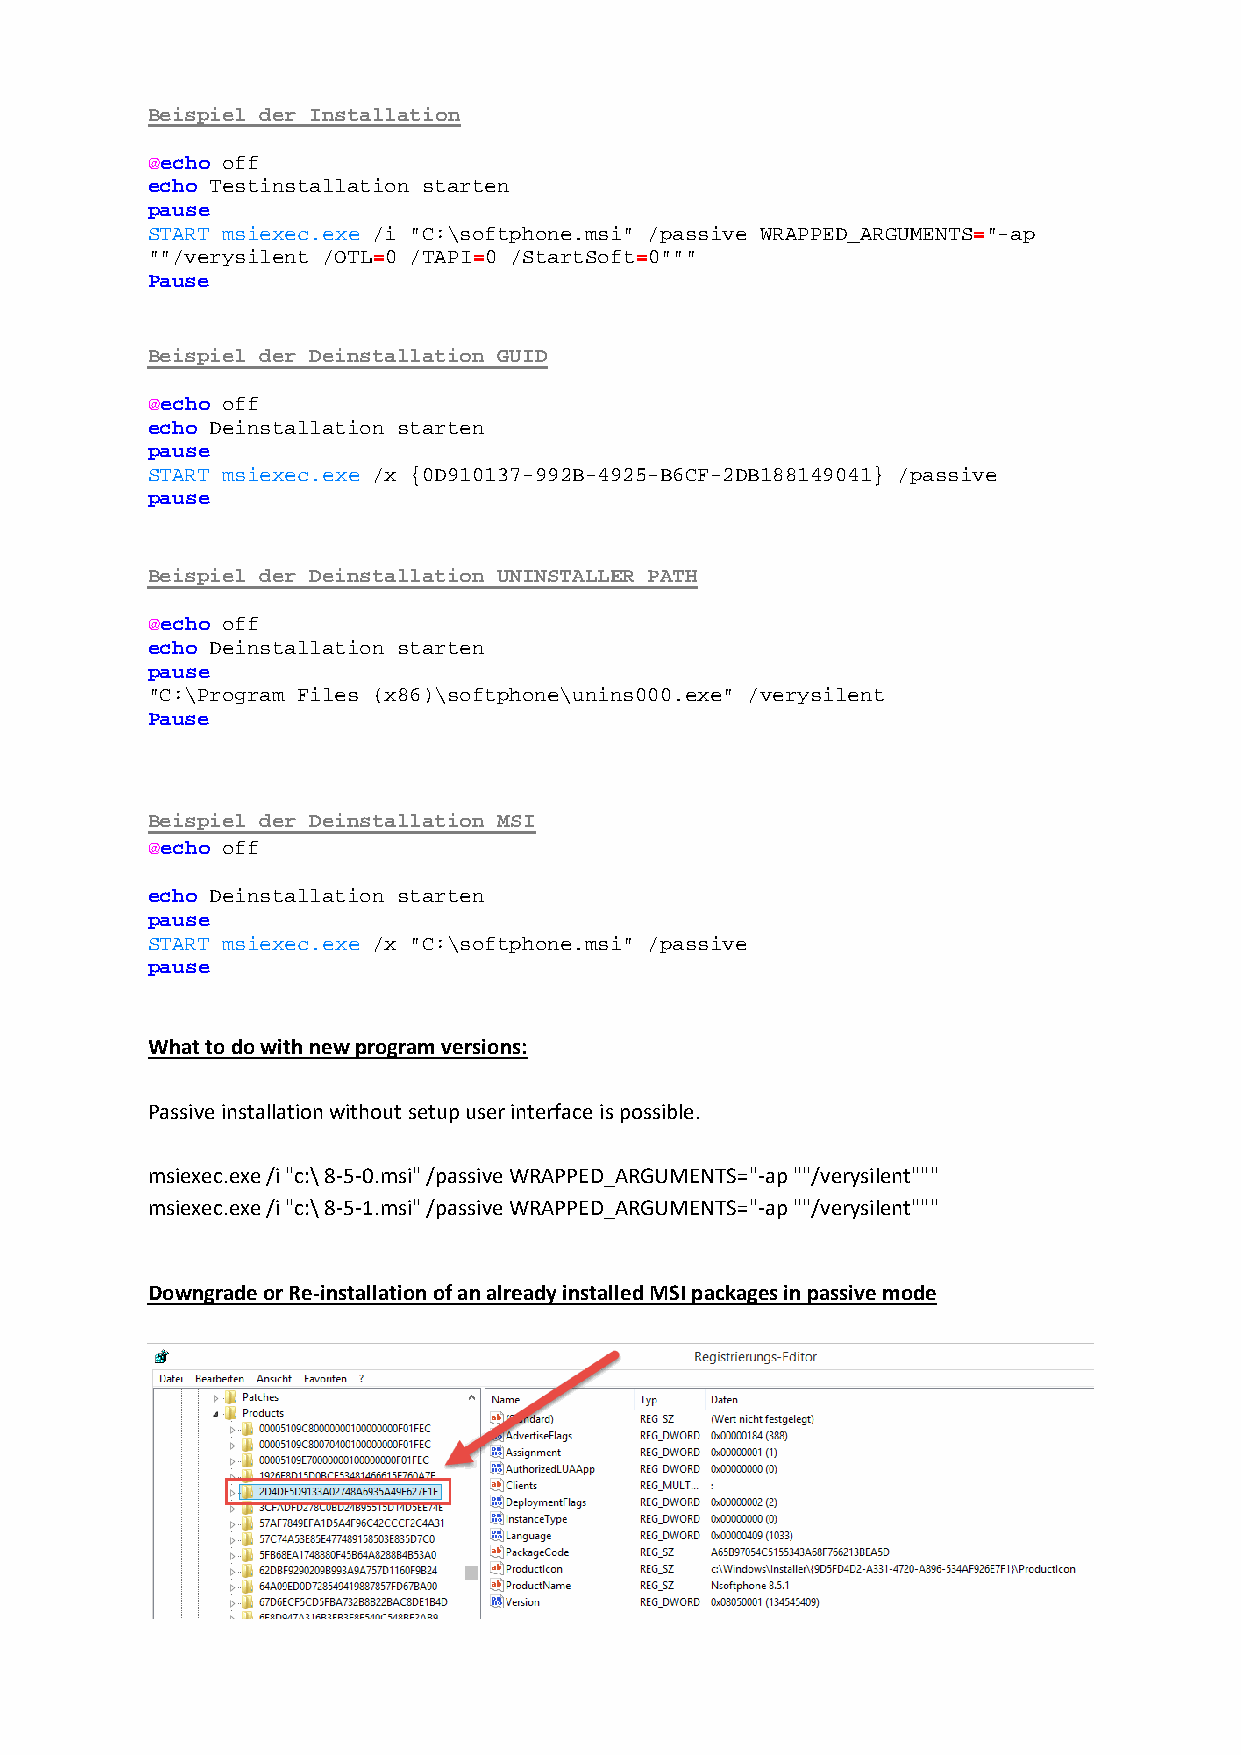
Beispiel der Installation
 @echo off
 echo Testinstallation starten
 pause
 START msiexec.exe /i "C:\softphone.msi" /passive WRAPPED_ARGUMENTS="-ap
 ""/verysilent /OTL=0 /TAPI=0 /StartSoft=0"""
 Pause
 Beispiel der Deinstallation GUID
 @echo off
 echo Deinstallation starten
 pause
 START msiexec.exe /x {0D910137-992B-4925-B6CF-2DB188149041} /passive
 pause
 Beispiel der Deinstallation UNINSTALLER PATH
 @echo off
 echo Deinstallation starten
 pause
 "C:\Program Files (x86)\softphone\unins000.exe" /verysilent
 Pause
 Beispiel der Deinstallation MSI
 @echo off
 echo Deinstallation starten
 pause
 START msiexec.exe /x "C:\softphone.msi" /passive
 pause
 What to do with new program versions:
 Passive installation without setup user interface is possible.
 msiexec.exe /i "c:\ 8‐5‐0.msi" /passive WRAPPED_ARGUMENTS="‐ap ""/verysilent"""
 msiexec.exe /i "c:\ 8‐5‐1.msi" /passive WRAPPED_ARGUMENTS="‐ap ""/verysilent"""
 Downgrade or Re‐installation of an already installed MSI packages in passive mode